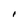
Character: I